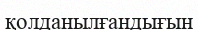
қолданылғандығын